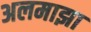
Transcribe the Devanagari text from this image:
अलमाझा